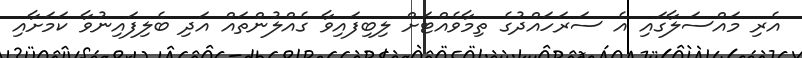
އެރި މައްސަލާގައި އެ ސަރަހައްދުގެ ތިމާވެއްޓަށް ލިބިފައިވާ ގެއްލުންތައް އަދި ބެލިފައިނުވާ ކަމަށާއި